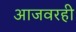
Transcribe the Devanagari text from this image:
आजवरही